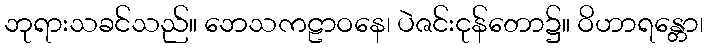
ဘုရားသခင်သည်။ ဘေသကဠာဝနေ၊ ပဲဇင်းငုန်တော၌။ ဝိဟာရန္တော၊